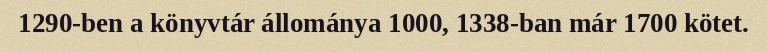
1290-ben a könyvtár állománya 1000, 1338-ban már 1700 kötet.